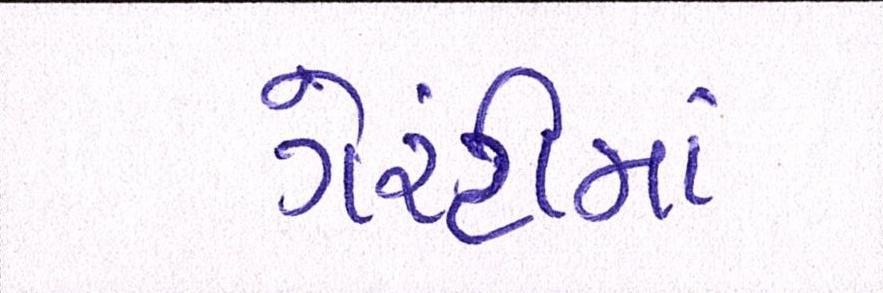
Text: ગેરંટીમાં